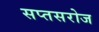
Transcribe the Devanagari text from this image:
सप्तसरोज